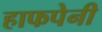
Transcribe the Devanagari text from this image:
हाफपेनी